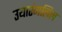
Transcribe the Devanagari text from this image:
उयारंगलिल